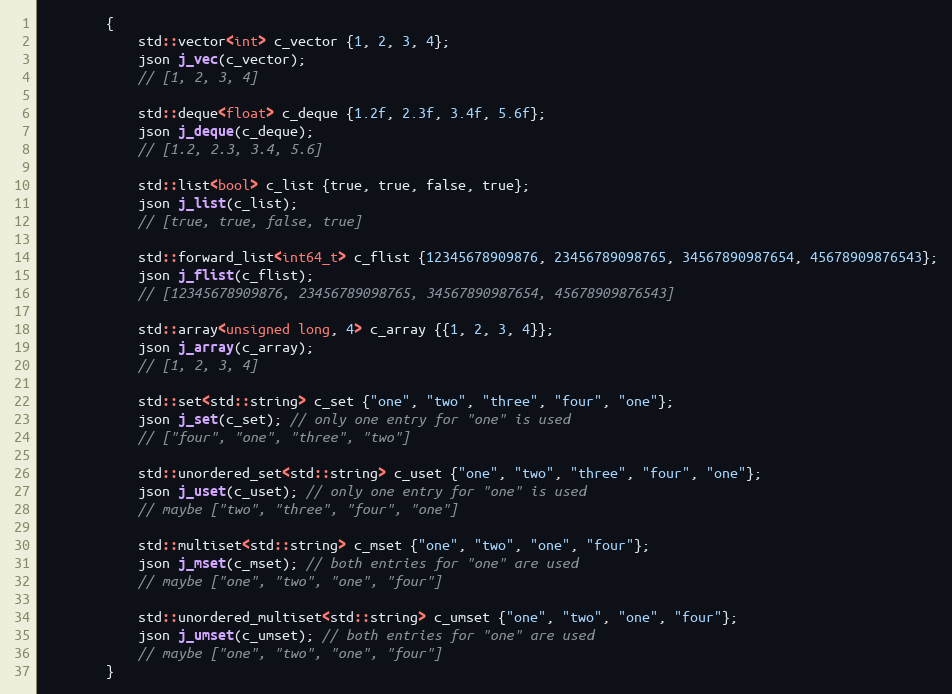
Language: C++
        {
            std::vector<int> c_vector {1, 2, 3, 4};
            json j_vec(c_vector);
            // [1, 2, 3, 4]

            std::deque<float> c_deque {1.2f, 2.3f, 3.4f, 5.6f};
            json j_deque(c_deque);
            // [1.2, 2.3, 3.4, 5.6]

            std::list<bool> c_list {true, true, false, true};
            json j_list(c_list);
            // [true, true, false, true]

            std::forward_list<int64_t> c_flist {12345678909876, 23456789098765, 34567890987654, 45678909876543};
            json j_flist(c_flist);
            // [12345678909876, 23456789098765, 34567890987654, 45678909876543]

            std::array<unsigned long, 4> c_array {{1, 2, 3, 4}};
            json j_array(c_array);
            // [1, 2, 3, 4]

            std::set<std::string> c_set {"one", "two", "three", "four", "one"};
            json j_set(c_set); // only one entry for "one" is used
            // ["four", "one", "three", "two"]

            std::unordered_set<std::string> c_uset {"one", "two", "three", "four", "one"};
            json j_uset(c_uset); // only one entry for "one" is used
            // maybe ["two", "three", "four", "one"]

            std::multiset<std::string> c_mset {"one", "two", "one", "four"};
            json j_mset(c_mset); // both entries for "one" are used
            // maybe ["one", "two", "one", "four"]

            std::unordered_multiset<std::string> c_umset {"one", "two", "one", "four"};
            json j_umset(c_umset); // both entries for "one" are used
            // maybe ["one", "two", "one", "four"]
        }